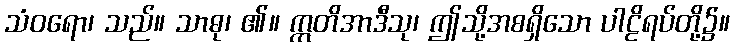
သံဝရော၊ သည်။ သာဓု၊ ၏။ ဣတိအာဒီသု၊ ဤသို့အစရှိသော ပါဠိရပ်တို့၌။